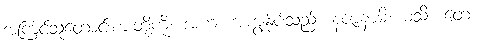
အကြင်သူတောင်းစားတို့ကို။ အဟံ၊ အကျွန်ုပ်သည်။ နဇာနာမိ၊ မသိ။ တေ၊